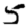
Digit: 5